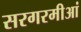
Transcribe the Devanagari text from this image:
सरगरमीआं